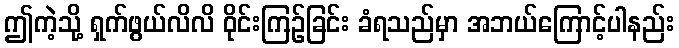
ဤကဲ့သို့ ရှက်ဖွယ်လိလိ ဝိုင်းကြဉ်ခြင်း ခံရသည်မှာ အဘယ်ကြောင့်ပါနည်း